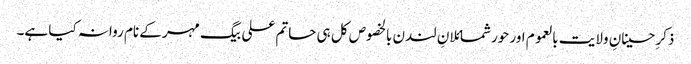
ذکرِ حسینانِ ولایت بالعموم اور حورشمائلانِ لندن بالخصوص کل ہی حاتم علی بیگ مہر کے نام روانہ کیا ہے۔